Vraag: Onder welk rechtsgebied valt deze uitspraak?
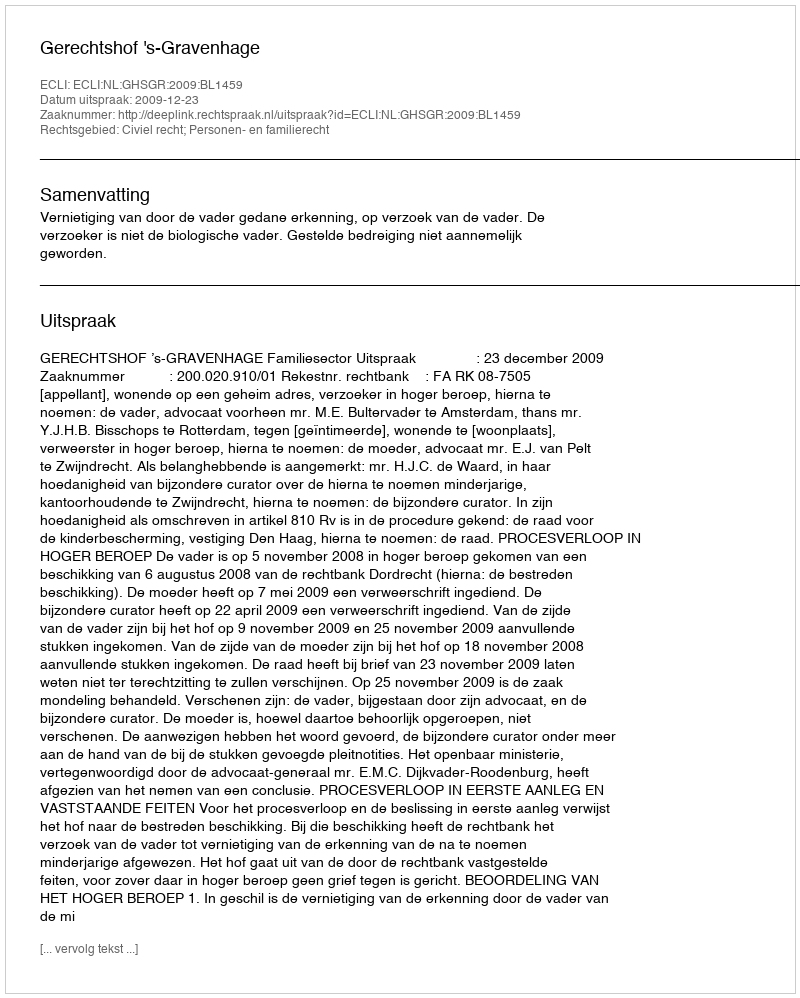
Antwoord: Civiel recht; Personen- en familierecht